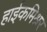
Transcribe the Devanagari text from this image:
हाईकमिश्नर